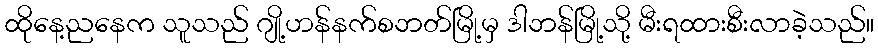
ထိုနေ့ညနေက သူသည် ဂျို့ဟန်နက်စဘတ်မြို့မှ ဒါဘန်မြို့သို့ မီးရထားစီးလာခဲ့သည်။